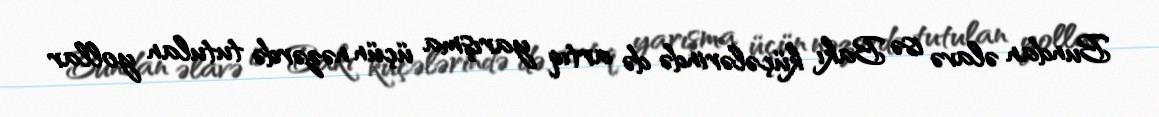
Bundan əlavə isə Bakı küçələrində də artıq yarışma üçün nəzərdə tutulan yollar